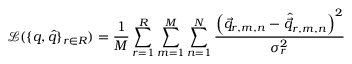
\mathcal { L } ( \{ q , \hat { q } \} _ { r \in R } ) = \frac { 1 } { M } \sum _ { r = 1 } ^ { R } \sum _ { m = 1 } ^ { M } \sum _ { n = 1 } ^ { N } \frac { \left( \vec { q } _ { r , m , n } - \hat { \vec { q } } _ { r , m , n } \right) ^ { 2 } } { \sigma _ { r } ^ { 2 } }